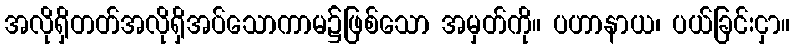
အလိုရှိတတ်အလိုရှိအပ်သောကာမ၌ဖြစ်သော အမှတ်ကို။ ပဟာနာယ၊ ပယ်ခြင်းငှာ။